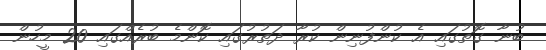
ބުނާ ގޮތުގައި އެ ކުންފުނިން ކުރާ ދަތުރުގައި ކޮންމެ ބުރެއްގައި 20 މީހުން